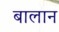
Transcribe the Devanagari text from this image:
बालान